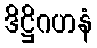
ဒိဋ္ဌိဂဟနံ